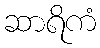
ဆာရိကံ